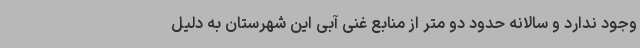
وجود ندارد و سالانه حدود دو متر از منابع غنی آبی این شهرستان به دلیل